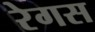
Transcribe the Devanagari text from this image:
रेगस